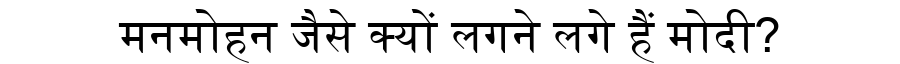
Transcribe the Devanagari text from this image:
मनमोहन जैसे क्यों लगने लगे हैं मोदी?